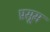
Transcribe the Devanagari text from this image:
प्रसूम